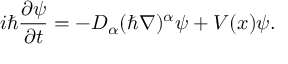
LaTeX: i \hbar \frac { \partial \psi } { \partial t } = - D _ { \alpha } ( \hbar \nabla ) ^ { \alpha } \psi + V ( x ) \psi .